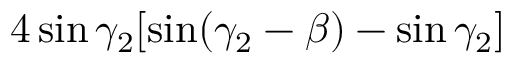
4 \sin \gamma _ { 2 } [ \sin ( \gamma _ { 2 } - \beta ) - \sin \gamma _ { 2 } ]